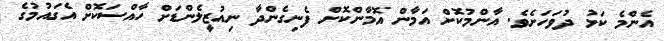
އެންމެ ކަޅު ދުވަހަށެވެ. އާންމުކޮށް އަމާން އޮމާންކޮށް ފެނިގެންދާ ނިއުޒީލެންޑަށް ހާއްސަކޮށް އެގައުމުގެ